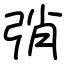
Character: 弰